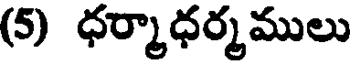
(5) ధర్మాధర్మములు